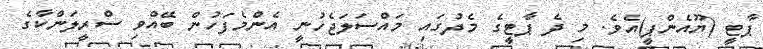
ޕާޓީ (ޔޫއެންޕީ)އެވެ. މި ދެ ޕާޓީގެ މެދުގައި މައްސަލަޖެހުނީ އެންމެފަހުން ބޭއްވި ސްރީލަންކާގެ